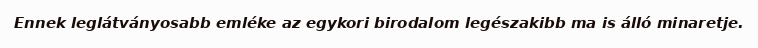
Ennek leglátványosabb emléke az egykori birodalom legészakibb ma is álló minaretje.